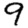
Digit: 9